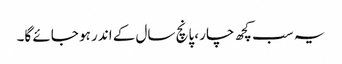
یہ سب کچھ چار ،پانچ سال کے اندر ہو جائے گا۔